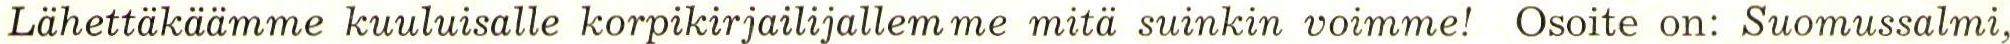
Lähettäkäämme kuuluisalle korpikirjailijallemme mitä suinkin voimme! Osoite on: Suomussalmi,